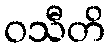
ဝသီတိ